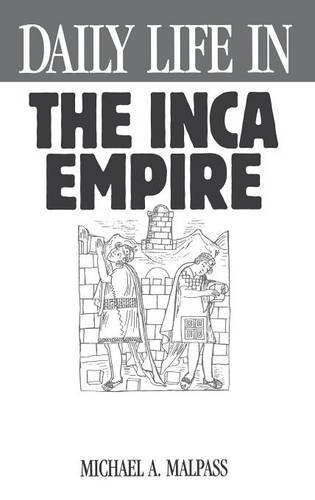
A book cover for Daily Life in the Inca Empire; Michael A. Malpass; History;